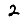
Digit: 2